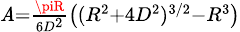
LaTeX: \scriptstyle\mathit{A}={\frac{{\piR}}{{6D^{2}}}}\left((R^{2}+4D^{2})^{3/2}-R^{3}\right)